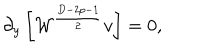
LaTeX: \partial _ { y } \left[ { \cal W } ^ { \frac { D - 2 p - 1 } { 2 } } v \right] = 0 ,